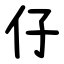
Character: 仔